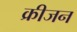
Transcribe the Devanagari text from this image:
क्रीजन